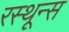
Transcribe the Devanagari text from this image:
रस्थून्स